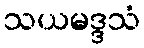
သယမဒ္ဒသံ